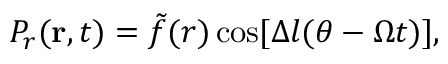
P _ { r } ( \mathbf { r } , t ) = \tilde { f } ( r ) \cos [ \Delta l ( \theta - \Omega t ) ] ,